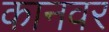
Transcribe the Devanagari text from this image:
कानवर